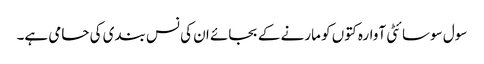
سول سوسائٹی آوارہ کتوں کو مارنے کے بجائے ان کی نس بندی کی حامی ہے۔